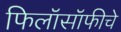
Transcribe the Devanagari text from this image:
फिलॉसॉफीचे